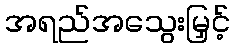
အရည်အသွေးမြှင့်